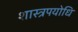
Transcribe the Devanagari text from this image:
शास्त्रपयोधि